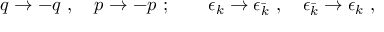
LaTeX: q \rightarrow - q \ , \quad p \rightarrow - p \ ; \qquad \epsilon _ { k } \rightarrow \epsilon _ { \bar { k } } \ , \quad \epsilon _ { \bar { k } } \rightarrow \epsilon _ { k } \ ,